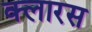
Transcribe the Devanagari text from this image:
क्लारस